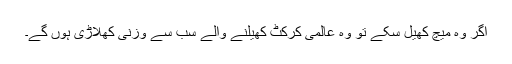
اگر وہ میچ کھیل سکے تو وہ عالمی کرکٹ کھیلنے والے سب سے وزنی کھلاڑی ہوں گے۔